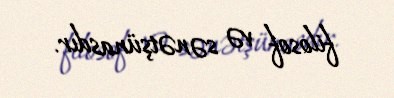
filosof və sənətşünasdır.